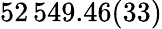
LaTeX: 52\, 549.46(33)